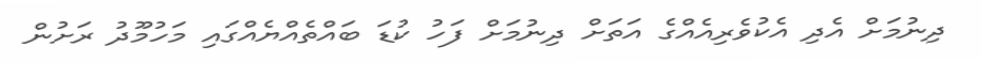
ދިނުމަށް އެދި އެކުވެރިއެއްގެ އަތަށް ދިނުމަށް ފަހު ކުޑަ ބައްތެއްޔެއްގައި މަހުމޫދު ރަށުން